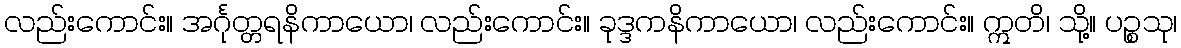
လည်းကောင်း။ အင်္ဂုတ္တရနိကာယော၊ လည်းကောင်း။ ခုဒ္ဒကနိကာယော၊ လည်းကောင်း။ ဣတိ၊ သို့။ ပဉ္စသု၊